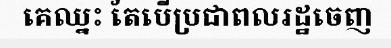
គេឈ្នះ តែបើប្រជាពលរដ្ឋចេញ